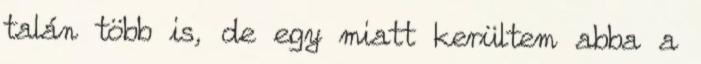
talán több is, de egy miatt kerültem abba a